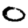
Digit: 0